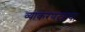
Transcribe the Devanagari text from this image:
व्याकरणदृष्टया